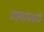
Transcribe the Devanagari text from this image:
त्वमापस्त्वं